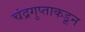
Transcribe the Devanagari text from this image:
चंद्रगुप्ताकडून